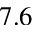
7 . 6